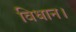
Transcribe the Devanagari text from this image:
विधान।